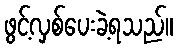
ဖွင့်လှစ်ပေးခဲ့ရသည်။